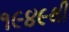
૧૯૪૯થી